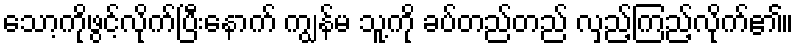
သော့ကိုဖွင့်လိုက်ပြီးနောက် ကျွန်မ သူ့ကို ခပ်တည်တည် လှည့်ကြည့်လိုက်၏။